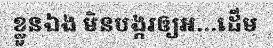
ខ្លួនឯង មិនបង្ករឲ្យអ...ដើម